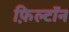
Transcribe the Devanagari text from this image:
फ़िल्टॉन